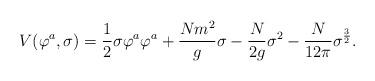
LaTeX: \begin{align*}V(\varphi^a, \sigma)={1 \over 2}\sigma\varphi^a\varphi^a+{Nm^2 \over g}\sigma-{N \over 2g}\sigma^2-{N \over 12\pi}\sigma^{3 \over 2}.\end{align*}